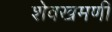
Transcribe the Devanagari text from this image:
शेवखमणी